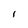
Character: I